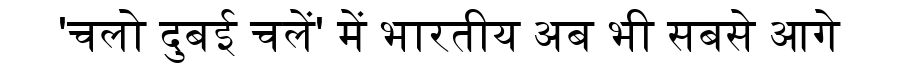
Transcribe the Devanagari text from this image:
'चलो दुबई चलें' में भारतीय अब भी सबसे आगे